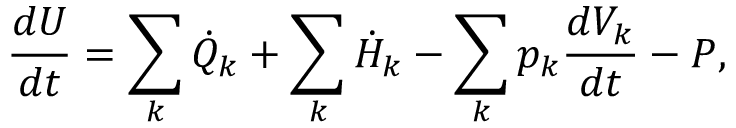
{ \frac { d U } { d t } } = \sum _ { k } { \dot { Q } } _ { k } + \sum _ { k } { \dot { H } } _ { k } - \sum _ { k } p _ { k } { \frac { d V _ { k } } { d t } } - P ,